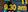
9:30